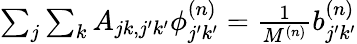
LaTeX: \begin{array}{r}{\sum_{j}\sum_{k}A_{jk,j^{\prime}k^{\prime}}\phi_{j^{\prime}k^{\prime}}^{(n)}=\frac{1}{M^{(n)}}b_{j^{\prime}k^{\prime}}^{(n)}}\end{array}